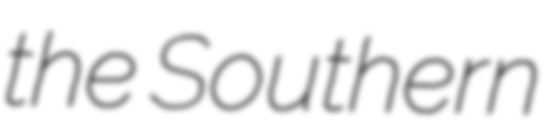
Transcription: the Southern